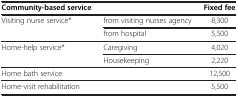
<table><thead><tr><td><b>Community-based service</b></td><td><b> </b></td><td><b>Fixed fee</b></td></tr></thead><tbody><tr><td>Visiting nurse service*</td><td>from visiting nurses agency</td><td>8,300</td></tr><tr><td> </td><td>from hospital</td><td>5,500</td></tr><tr><td>Home-help service*</td><td>Caregiving</td><td>4,020</td></tr><tr><td> </td><td>Housekeeping</td><td>2,220</td></tr><tr><td colspan="2">Home bath service</td><td>12,500</td></tr><tr><td colspan="2">Home-visit rehabilitation</td><td>5,500</td></tr></tbody></table>